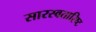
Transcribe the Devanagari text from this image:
सारस्वतारिष्ट